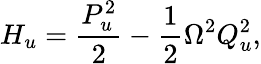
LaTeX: H_{u}=\frac{P_{u}^{2}}{2}-\frac{1}{2}\Omega^{2}Q_{u}^{2},